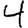
Digit: 4